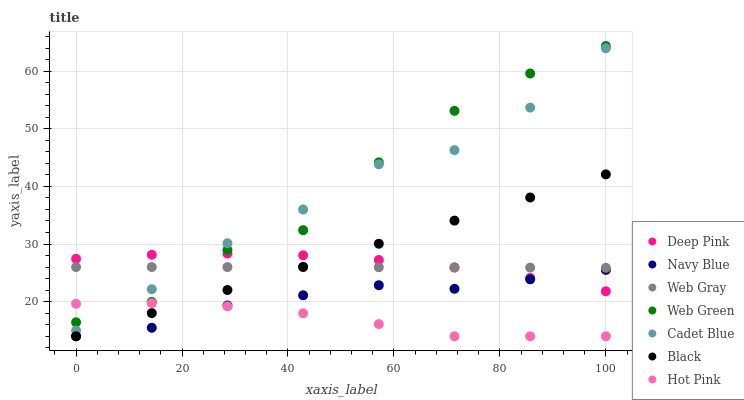
| xaxis_label | Deep Pink | Navy Blue | Web Gray | Web Green | Cadet Blue | Black | Hot Pink |
 | --- | --- | --- | --- | --- | --- | --- | --- |
 | 0 | 27.4 | 14 | 26 | 16.4 | 15 | 14 | 19.6 |
 | 14.3 | 28.1 | 15.5 | 26 | 20 | 22.2 | 18 | 19.7 |
 | 28.6 | 28.3 | 19.3 | 26 | 29 | 30.1 | 22 | 19.2 |
 | 42.9 | 28 | 21.1 | 26 | 32.4 | 36 | 26 | 18 |
 | 57.1 | 27.2 | 22.9 | 26 | 44.2 | 43.8 | 30.1 | 16.1 |
 | 71.4 | 25.9 | 22.2 | 25.9 | 53.1 | 46.3 | 34.1 | 14 |
 | 85.7 | 24.1 | 23.9 | 25.9 | 59.6 | 53.7 | 38.1 | 14 |
 | 100 | 21.8 | 25.5 | 25.9 | 64.4 | 64 | 42.1 | 14 |